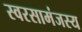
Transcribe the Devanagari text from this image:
स्वरसामंजस्य